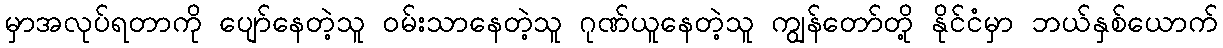
မှာအလုပ်ရတာကို ပျော်နေတဲ့သူ ဝမ်းသာနေတဲ့သူ ဂုဏ်ယူနေတဲ့သူ ကျွန်တော်တို့ နိုင်ငံမှာ ဘယ်နှစ်ယောက်